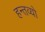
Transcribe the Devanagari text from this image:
हन्तव्यो